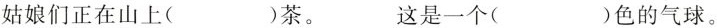
姑娘们正在山上()茶。 这是一个()色的气球。